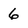
Character: 6